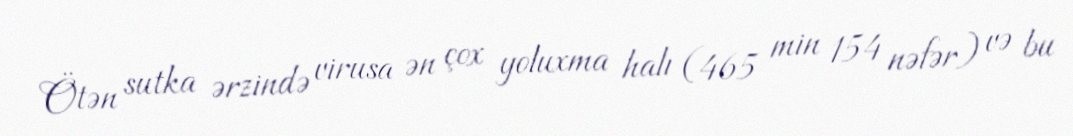
Ötən sutka ərzində virusa ən çox yoluxma halı (465 min 154 nəfər) və bu